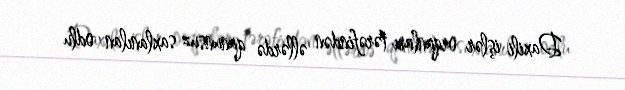
Daxili işlər orqanları tərəfindən əllərdə qanunsuz saxlanılan odlu